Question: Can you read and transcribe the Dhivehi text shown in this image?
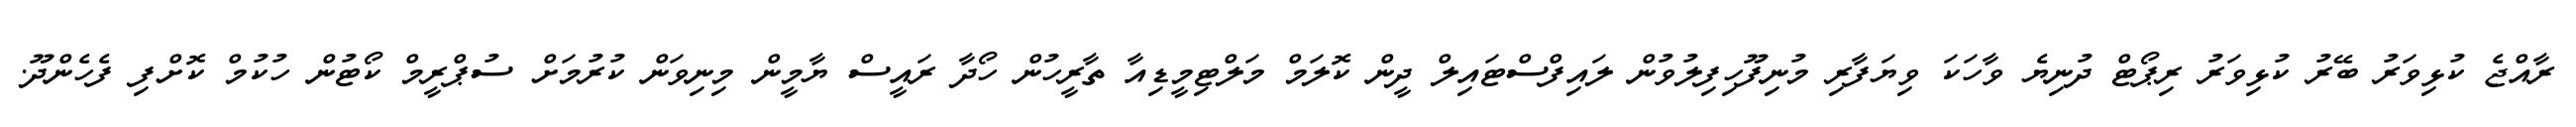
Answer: ރާއްޖެ ކުޅިވަރު ބޭރު ކުޅިވަރު ރިޕޯޓް ދުނިޔެ ވާހަކަ ވިޔަފާރި މުނިފޫހިފިލުވުން ލައިފްސްޓައިލް ދީން ކޮލަމް މަލްޓިމީޑިއާ ތާރީހުން ހޯދާ ރައީސް ޔާމީން މިނިވަން ކުރުމަށް ސުޕްރީމް ކޯޓުން ހުކުމް ކޮށްފި ފެހެންދޫ.